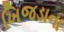
ખિજડાના